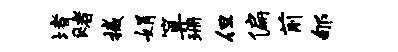
堵赌撼娟算珊但偏前郇